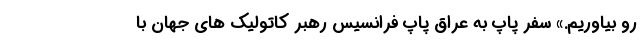
رو بیاوریم.» سفر پاپ به عراق پاپ فرانسیس رهبر کاتولیک های جهان با